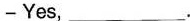
-Yes,___.